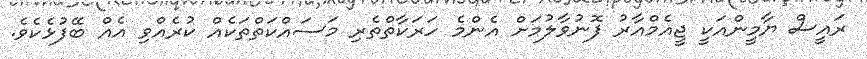
ރައީސް ޔާމީންއަކީ ޖީއެމްއާރު ފޮނުވާލުމަށް އެންމެ ހަރަކާތްތެރި މަސައްކަތްތަކެއް ކުރެއްވި އެއް ބޭފުޅެކެވެ.